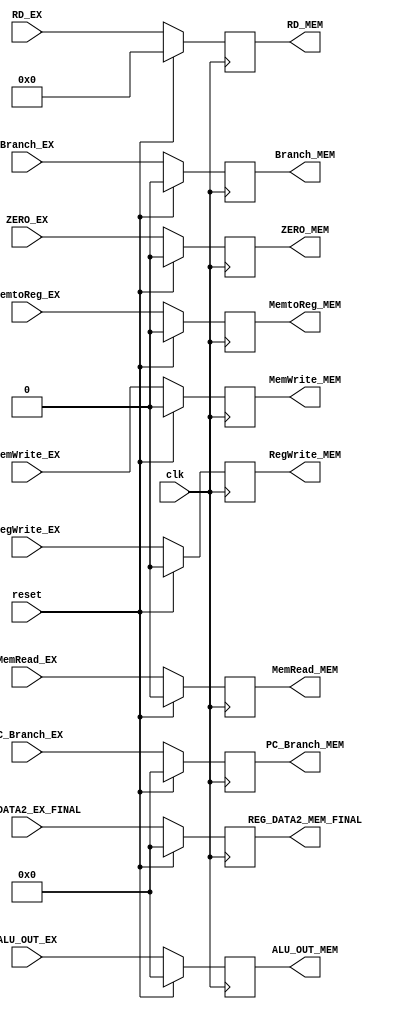
`timescale 1ns / 1ps
//////////////////////////////////////////////////////////////////////////////////
// Company: 
// Engineer: 
// 
// Design Name: 
// Module Name: pipe_EX_MEM
// Project Name: 
// Target Devices: 
// Tool Versions: 
// Description: 
// 
// Dependencies: 
// 
// Revision:
// Revision 0.01 - File Created
// Additional Comments:
// 
//////////////////////////////////////////////////////////////////////////////////

module pipe_EX_MEM(input clk, reset,
                  // semnale pentru wb
                  input MemtoReg_EX,
                  input RegWrite_EX,

                  // semnale pentru mem
                   input Branch_EX,
                   input MemWrite_EX,
                   input MemRead_EX,                  
                   input ZERO_EX,
                  
                  // adresa registrului destinatie in etapa EX
                   input [4:0] RD_EX,
                  
                   input [31:0] ALU_OUT_EX,
                   input [31:0] PC_Branch_EX,
                   input [31:0] REG_DATA2_EX_FINAL,

                  // semnale pentru wb
                   output reg MemtoReg_MEM,
                   output reg RegWrite_MEM,

                  // semnale pentru mem
                   output reg Branch_MEM,
                   output reg MemWrite_MEM,
                   output reg MemRead_MEM,
                   output reg ZERO_MEM,

                   // adresa registrului destinatie in etapa EX
                   output reg [4:0] RD_MEM,

                   output reg [31:0] ALU_OUT_MEM,
                   output reg [31:0] PC_Branch_MEM,
                   output reg [31:0] REG_DATA2_MEM_FINAL   
    );

    always@(posedge clk) begin
      if (reset) begin

        MemtoReg_MEM = 0;
        RegWrite_MEM = 0;
        Branch_MEM = 0;
        MemWrite_MEM = 0;
        MemRead_MEM = 0;
        RegWrite_MEM = 0;
        ZERO_MEM = 0;
        RD_MEM = 0;
        ALU_OUT_MEM = 0;
        PC_Branch_MEM = 0;
        REG_DATA2_MEM_FINAL = 0;

      end
      else begin

        MemtoReg_MEM = MemtoReg_EX;
        RegWrite_MEM = RegWrite_EX;
        Branch_MEM = Branch_EX;
        MemWrite_MEM = MemWrite_EX;
        MemRead_MEM = MemRead_EX;
        ZERO_MEM = ZERO_EX;
        RD_MEM = RD_EX;
        ALU_OUT_MEM = ALU_OUT_EX;
        PC_Branch_MEM = PC_Branch_EX;
        REG_DATA2_MEM_FINAL = REG_DATA2_EX_FINAL;

      end
    end
    
    
endmodule